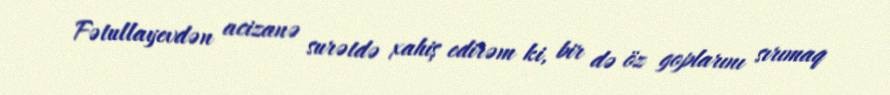
Fətullayevdən acizanə surətdə xahiş edirəm ki, bir də öz goplarını sırımaq